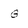
Character: G